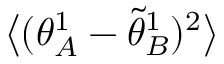
\big \langle ( { \theta } _ { A } ^ { 1 } - \tilde { \theta } _ { B } ^ { 1 } ) ^ { 2 } \big \rangle